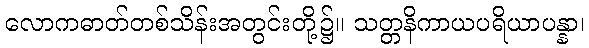
လောကဓာတ်တစ်သိန်းအတွင်းတို့၌။ သတ္တနိကာယပရိယာပန္နာ၊